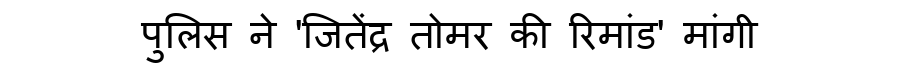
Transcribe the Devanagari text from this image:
पुलिस ने 'जितेंद्र तोमर की रिमांड' मांगी